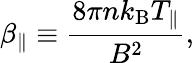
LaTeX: \beta_{\parallel}\equiv\frac{8\pi nk_{\mathrm B}T_{\parallel}}{B^{2}},